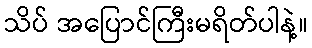
သိပ် အပြောင်ကြီးမရိတ်ပါနဲ့။